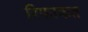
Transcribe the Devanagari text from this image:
रिफाकत